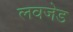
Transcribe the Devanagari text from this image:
लवजेड